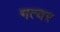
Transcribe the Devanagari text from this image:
गत्वर